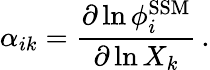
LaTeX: \alpha_{ik}=\frac{\partial\ln\phi_{i}^{\mathrm{SSM}}}{\partial\ln X_{k}}\, .